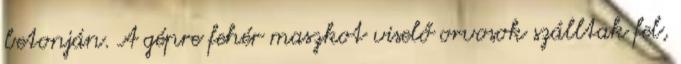
betonján. A gépre fehér maszkot viselő orvosok szálltak fel,